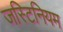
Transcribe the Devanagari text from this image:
जस्टिनियम